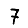
Digit: 7